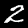
Label: 2